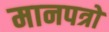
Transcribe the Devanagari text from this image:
मानपत्रों